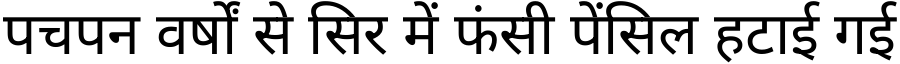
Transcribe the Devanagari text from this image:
पचपन वर्षों से सिर में फंसी पेंसिल हटाई गई